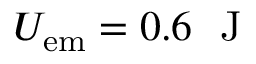
U _ { \mathrm { e m } } = 0 . 6 \ \mathrm { ~ J ~ }